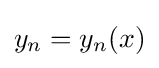
y_{n}=y_{n}(x)